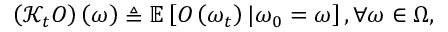
\left( \mathcal { K } _ { t } O \right) \left( \omega \right) \triangleq \mathbb { E } \left[ O \left( \omega _ { t } \right) \vert \omega _ { 0 } = \omega \right] , \forall \omega \in \Omega ,